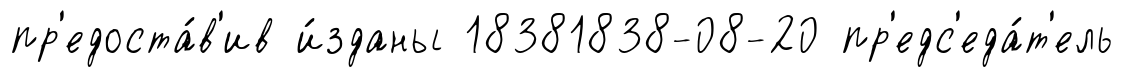
пр'едоста́в'ив и́зданы 18381838-08-20 пр'едс'еда́т'ель